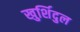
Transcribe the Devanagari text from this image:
खुर्शिदुल